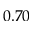
0 . 7 0